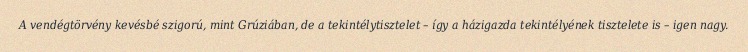
A vendégtörvény kevésbé szigorú, mint Grúziában, de a tekintélytisztelet – így a házigazda tekintélyének tisztelete is – igen nagy.